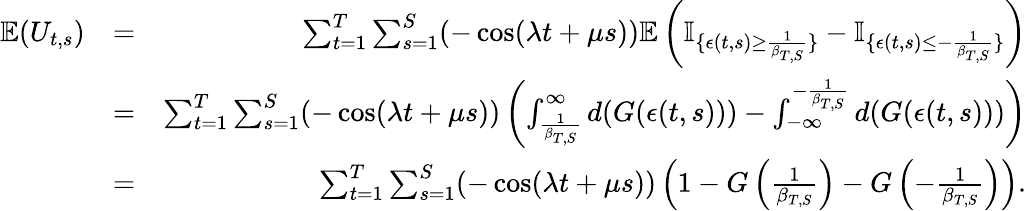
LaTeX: \begin{array}{rlr}{\mathbb{E}(U_{t,s})}&{=}&{\sum_{t=1}^{T}\sum_{s=1}^{S}(-\cos(\lambda t+\mu s))\mathbb{E}\left(\mathbb{I}_{\{ \epsilon(t,s)\geq\frac{1}{\beta_{T,S}}\} }-\mathbb{I}_{\{ \epsilon(t,s)\leq-\frac{1}{\beta_{T,S}}\} }\right)}\\ &{=}&{\sum_{t=1}^{T}\sum_{s=1}^{S}(-\cos(\lambda t+\mu s))\left(\int_{\frac{1}{\beta_{T,S}}}^{\infty}d(G(\epsilon(t,s)))-\int_{-\infty}^{-\frac{1}{\beta_{T,S}}}d(G(\epsilon(t,s)))\right)}\\ &{=}&{\sum_{t=1}^{T}\sum_{s=1}^{S}(-\cos(\lambda t+\mu s))\left(1-G\left(\frac{1}{\beta_{T,S}}\right)-G\left(-\frac{1}{\beta_{T,S}}\right)\right).}\end{array}